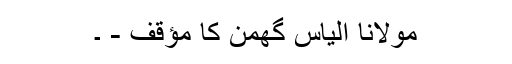
مولانا الیاس گھمن کا مؤقف - ۔